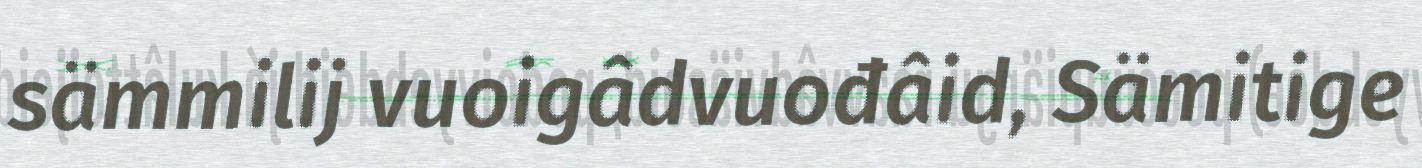
sämmilij vuoigâdvuođâid, Sämitige